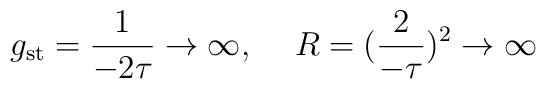
g_{\rm st} = {1 \over - 2 \tau} \rightarrow \infty, \hskip0.5cm   R = ({2 \over - \tau})^2 \rightarrow \infty